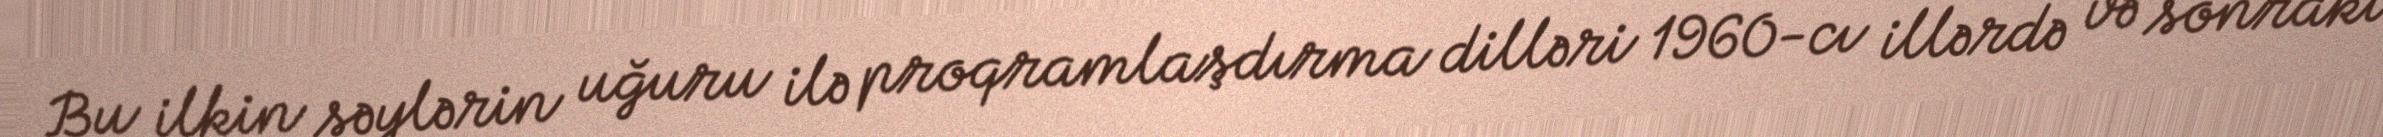
Bu ilkin səylərin uğuru ilə proqramlaşdırma dilləri 1960-cı illərdə və sonrakı